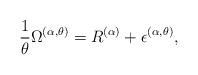
LaTeX: \begin{align*}\frac{1}{\theta}\Omega^{(\alpha,\theta)}=R^{(\alpha)}+\epsilon^{(\alpha,\theta)},\end{align*}